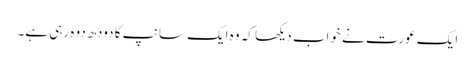
ایک عورت نے خواب دیکھا کہ وہ ایک سانپ کا دودھ دوہ رہی ہے۔